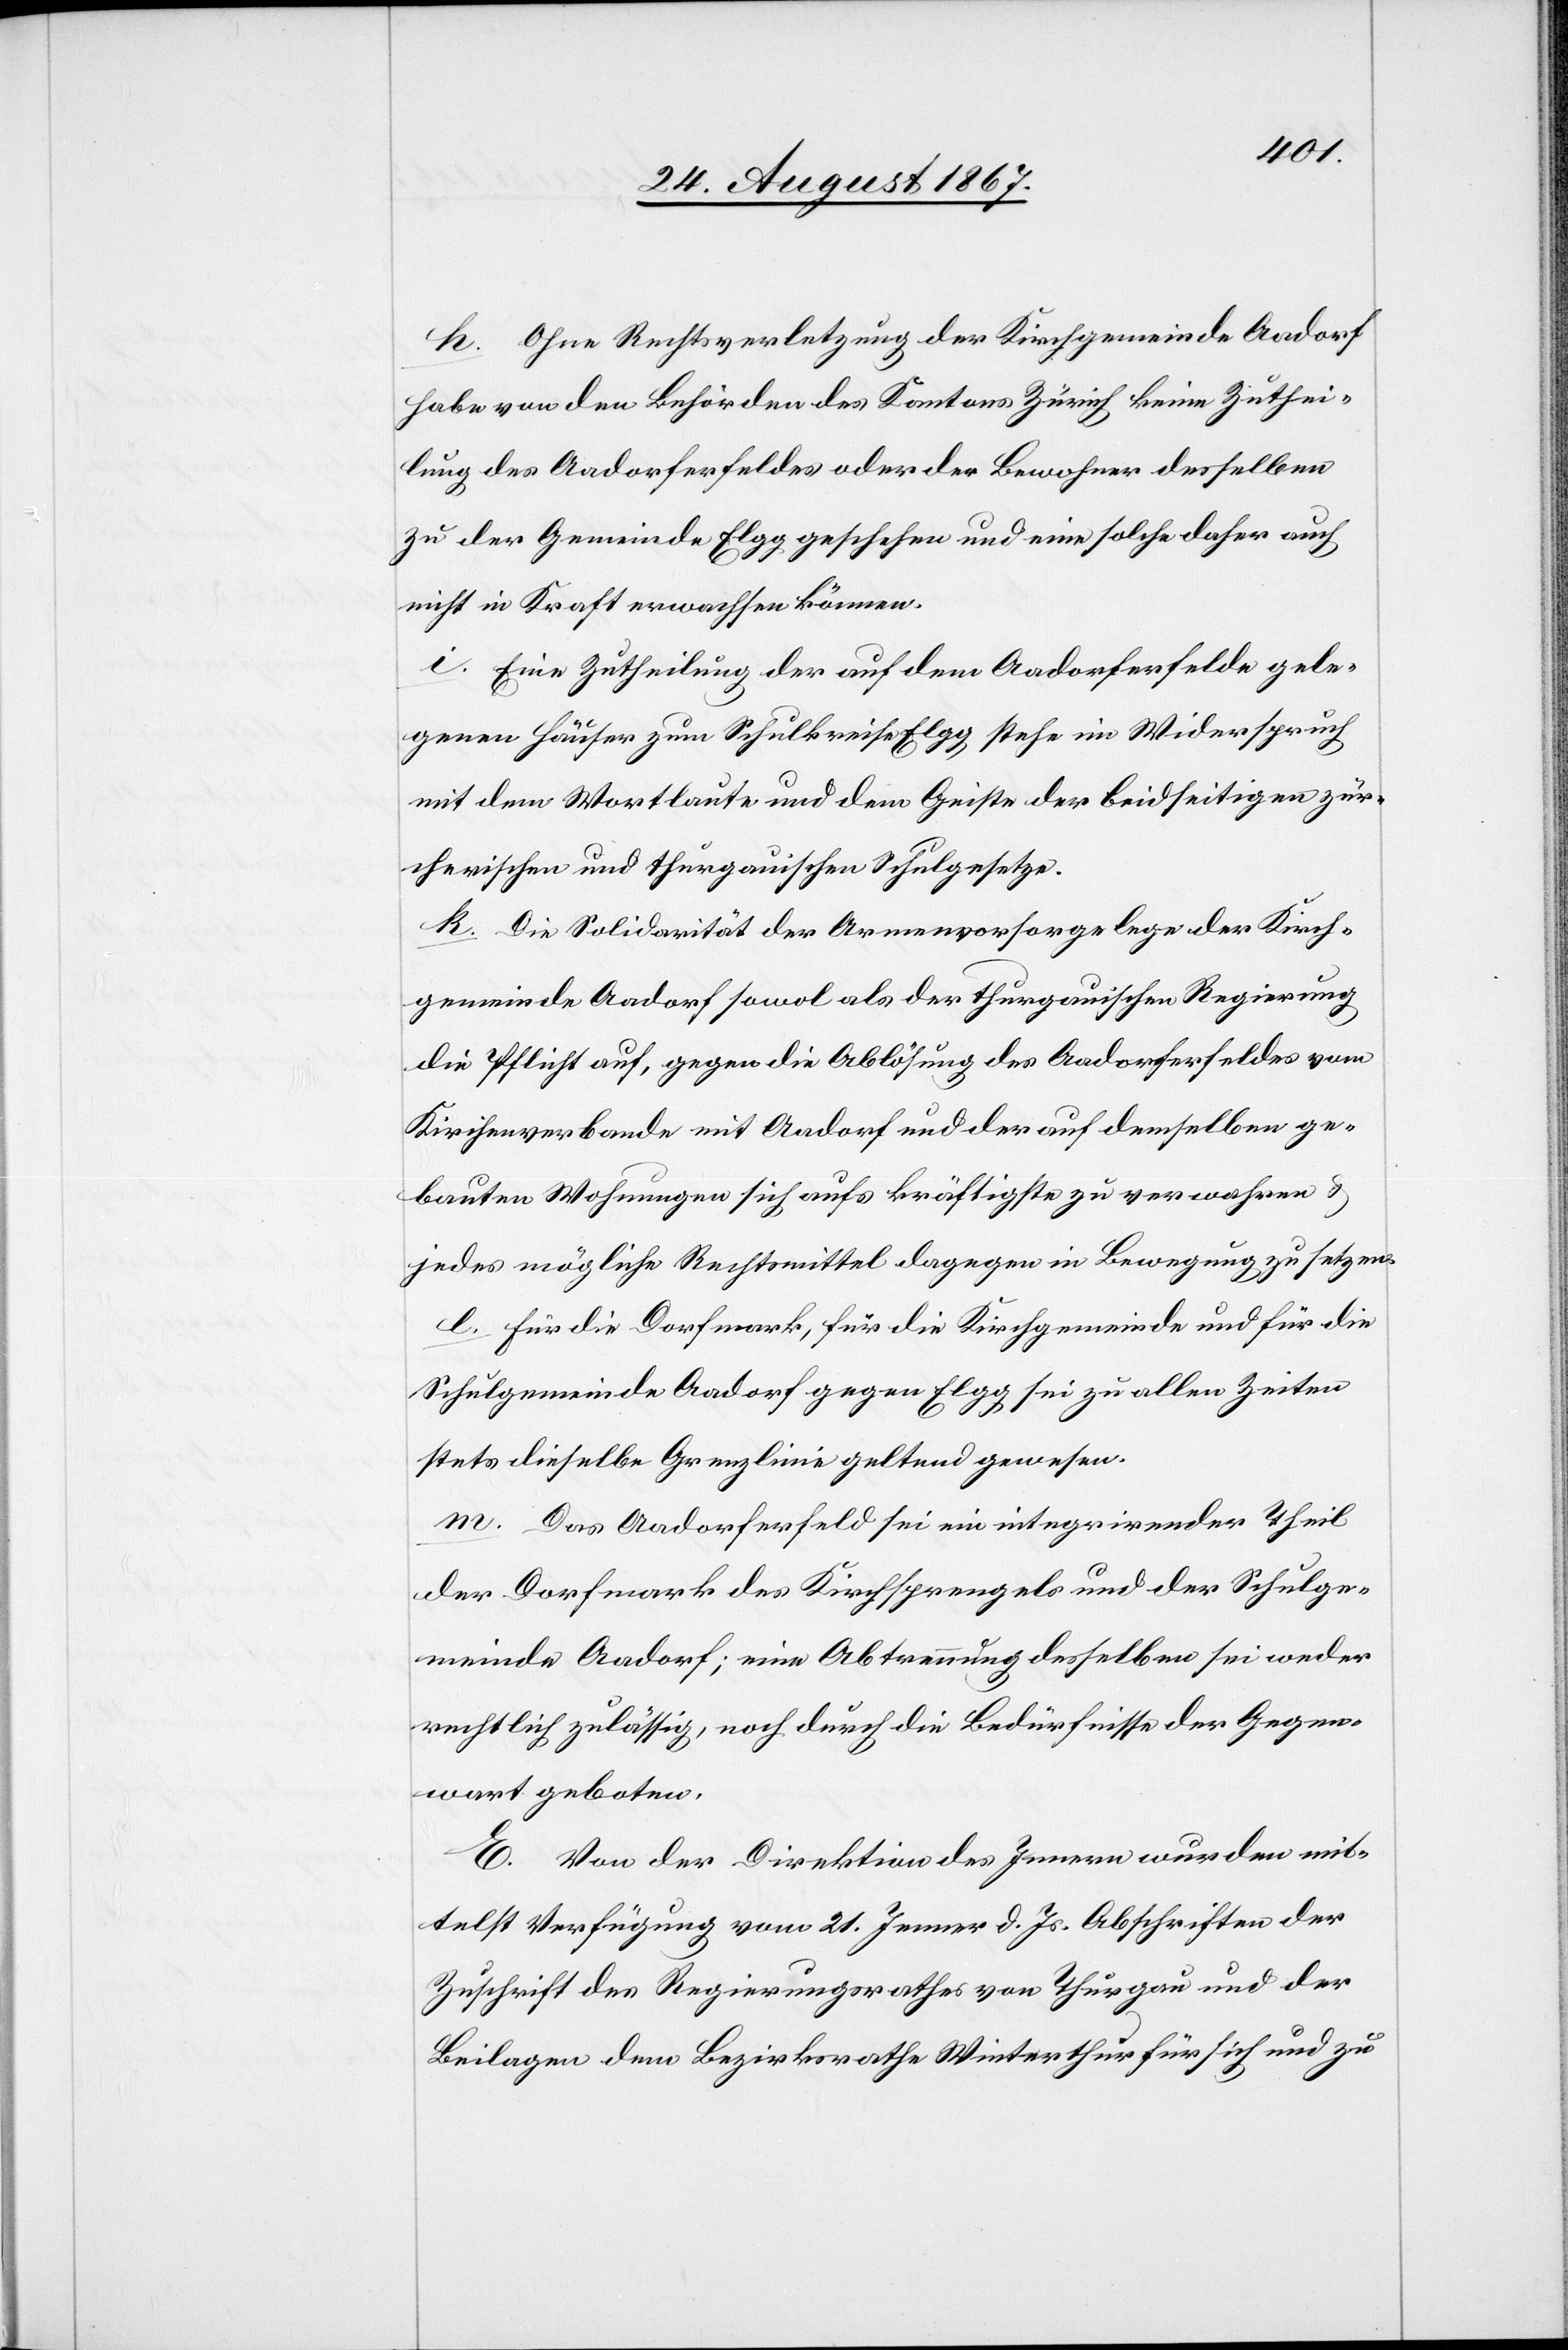
h. Ohne Rechtsverletzung der Kirchgemeinde Aadorf
habe von den Behörden des Kantons Zürich keine Zuthei¬
lung des Aadorferfeldes oder der Bewohner desselben
zu der Gemeinde Elgg geschehen und eine solche daher auch
nicht in Kraft erwachsen können.
i. eine Zutheilung der auf dem Aadorferfelde gele¬
genen Häuser zum Schulkreis Elgg stehe im Widerspruch
mit dem Wortlaute und dem Geiste der beidseitigen zür¬
cherischen und thurgauischen Schulgesetze.
k. Die Solidität der Armenvorsorge lege der Kirch¬
gemeinde Aadorf sowol als der thurgauischen Regierung
die Pflicht auf, gegen die Ablösung des Aadorferfeldes vom
Kirchenverbande mit Aadorf und der auf demselben ge¬
bauten Wohnungen sich aufs kräftigste zu verwahren u.
jedes mögliche Rechtsmittel dagegen in Bewegung zu setzen.
l. für die Dorfmark, für die Kirchgemeinde und für die
Schulgemeinde Aadorf gegen Elgg sei zu allen Zeiten
stets dieselbe Grenzlinie geltend gewesen.
m. Das Aadorferfeld sei ein integrirender Theil
der Dorfmark des Kirchsprengels und der Schulge¬
meinde Aadorf; eine Abtrennung desselben sei weder
rechtlich zulässig, noch durch die Bedürfnisse der Gegen¬
wart geboten.
E. Von der Direktion des Innern wurden mit¬
telst Verfügung vom 21. Jenner d. Js. Abschriften der
Zuschrift des Regierungsrathes von Thurgau und der
Beilagen dem Bezirksrathe Winterthur für sich und zu